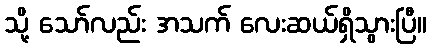
သို့ သော်လည်း အသက် လေးဆယ်ရှိသွားပြီ။